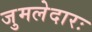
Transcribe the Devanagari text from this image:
जुमलेदारः